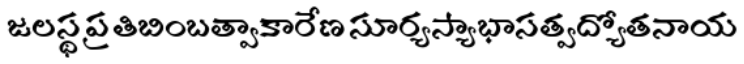
జలస్థ ప్రతిబింబత్వాకారేణ సూర్యస్యాభాసత్వద్యోతనాయ